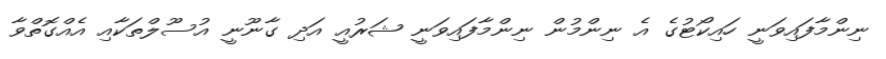
ނިންމާފައިވަނީ ހައިކޯޓުގެ އެ ނިންމުން ނިންމާފައިވަނީ ޝަރުއީ އަދި ގާނޫނީ އުސޫލްތަކާއި އެއްގޮތްވާ